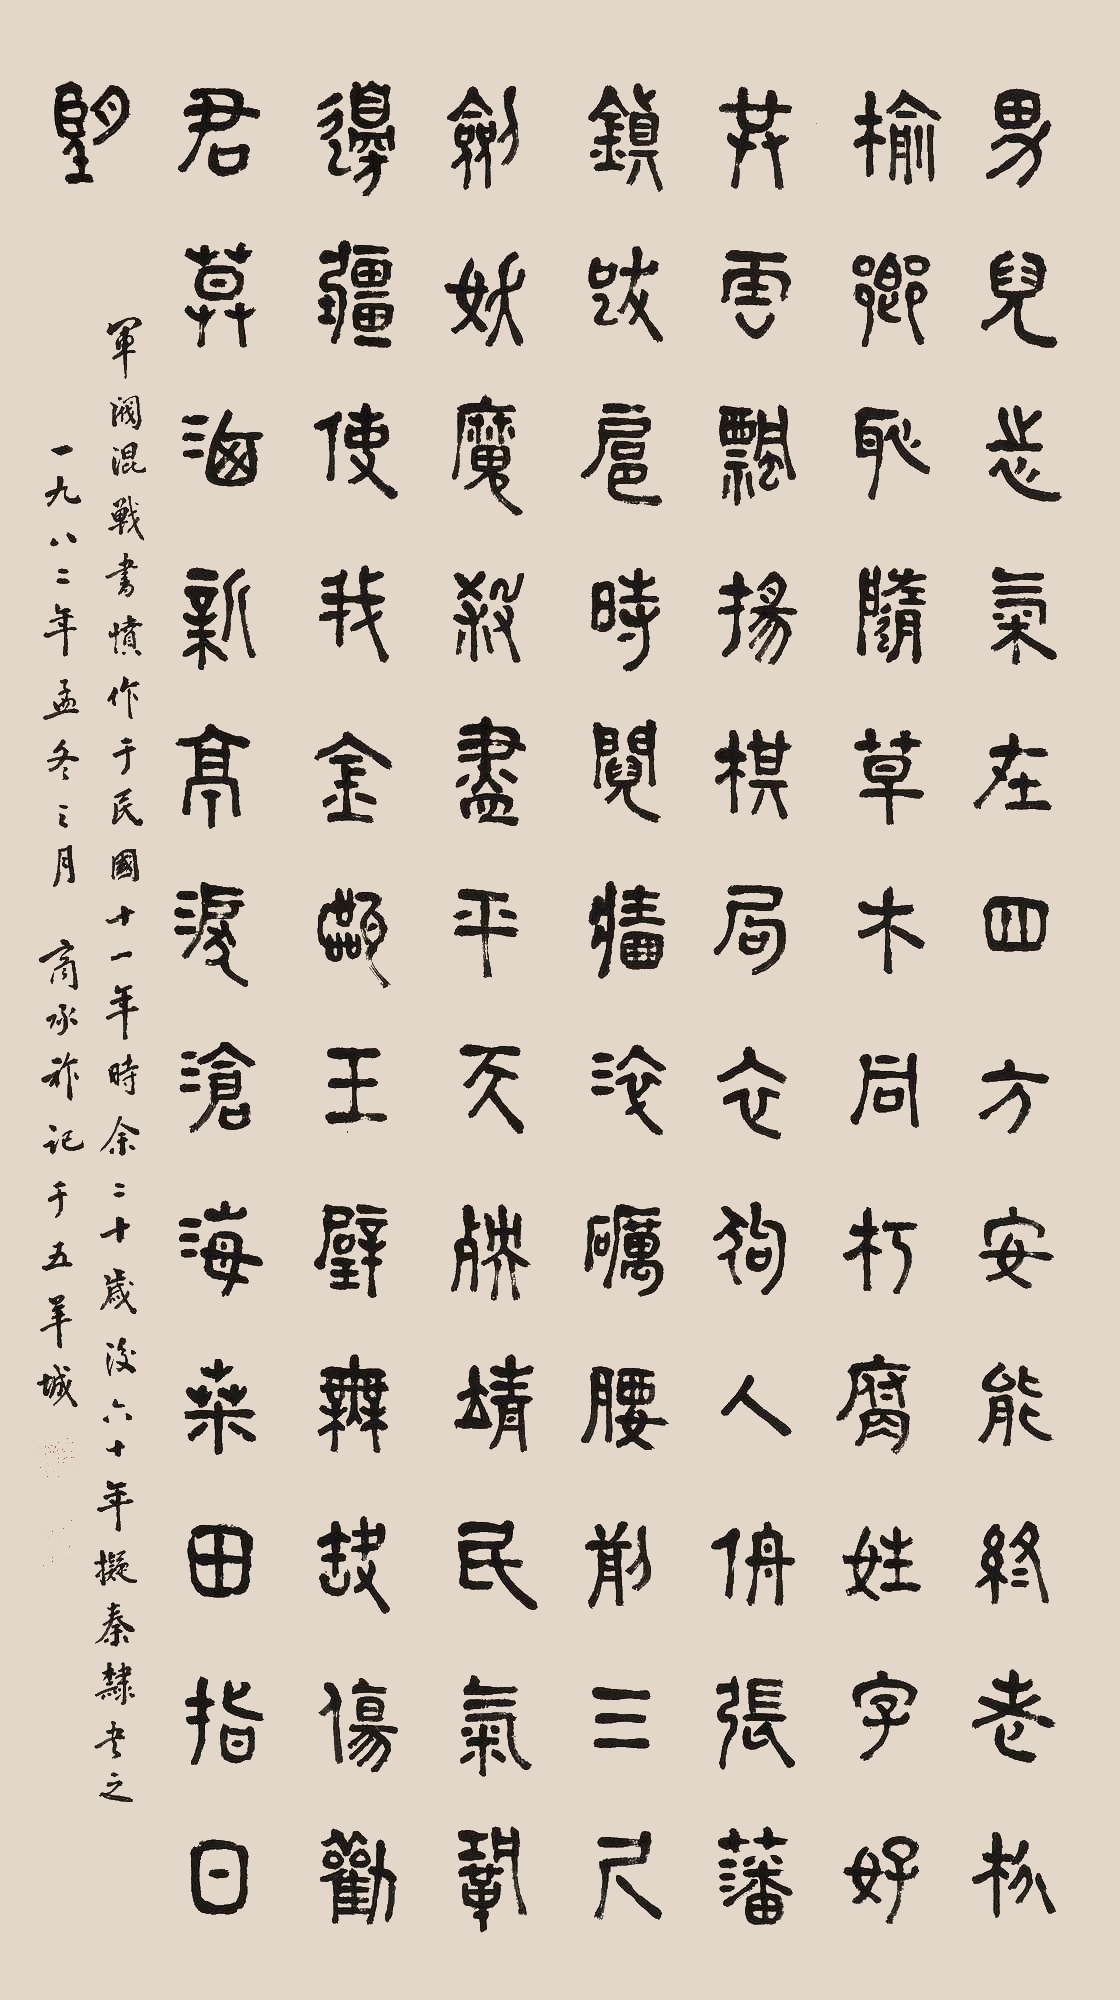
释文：男儿志气在四方，安能终老枌榆乡。耻随草木同朽腐，姓字好共云飘扬。棋局衣狗人侜张，藩镇跋扈时阋墙。淬砺腰前三尺剑，妖魔杀尽平天殃。靖民气，巩边疆，使我金瓯玉璧无缺伤。劝君莫洒新亭泪，沧海桑田指日望。军阀混战，书愤作于民国十一年，时余二十岁后六十年，拟秦隶书之。一九八二年孟冬之月，商承祚记于五羊城。